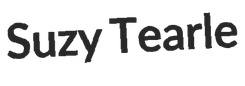
Suzy Tearle